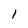
Character: l